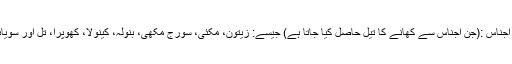
5 تیل دار اجناس :(جن اجناس سے کھانے کا تیل حاصل کیا جاتا ہے) جیسے: زیتون، مکئی، سورج مکھی، بنولہ، کینولا، کھوپرا، تل اور سویابین وغیرہ۔